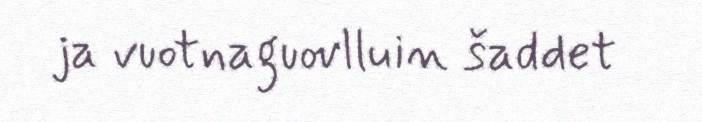
ja vuotnaguovlluin šaddet